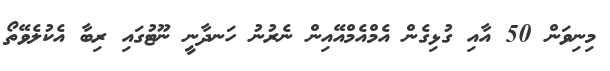
މިނިވަން 50 އާއި ގުޅިގެން އެމްއެމްއޭއިން ނެރުނު ހަނދާނީ ނޫޓުގައި ރިބާ އެކުލެވޭތޯ